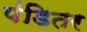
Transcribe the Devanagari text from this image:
पंडितर